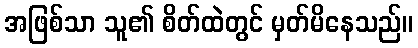
အဖြစ်သာ သူ၏ စိတ်ထဲတွင် မှတ်မိနေသည်။